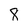
Character: 8